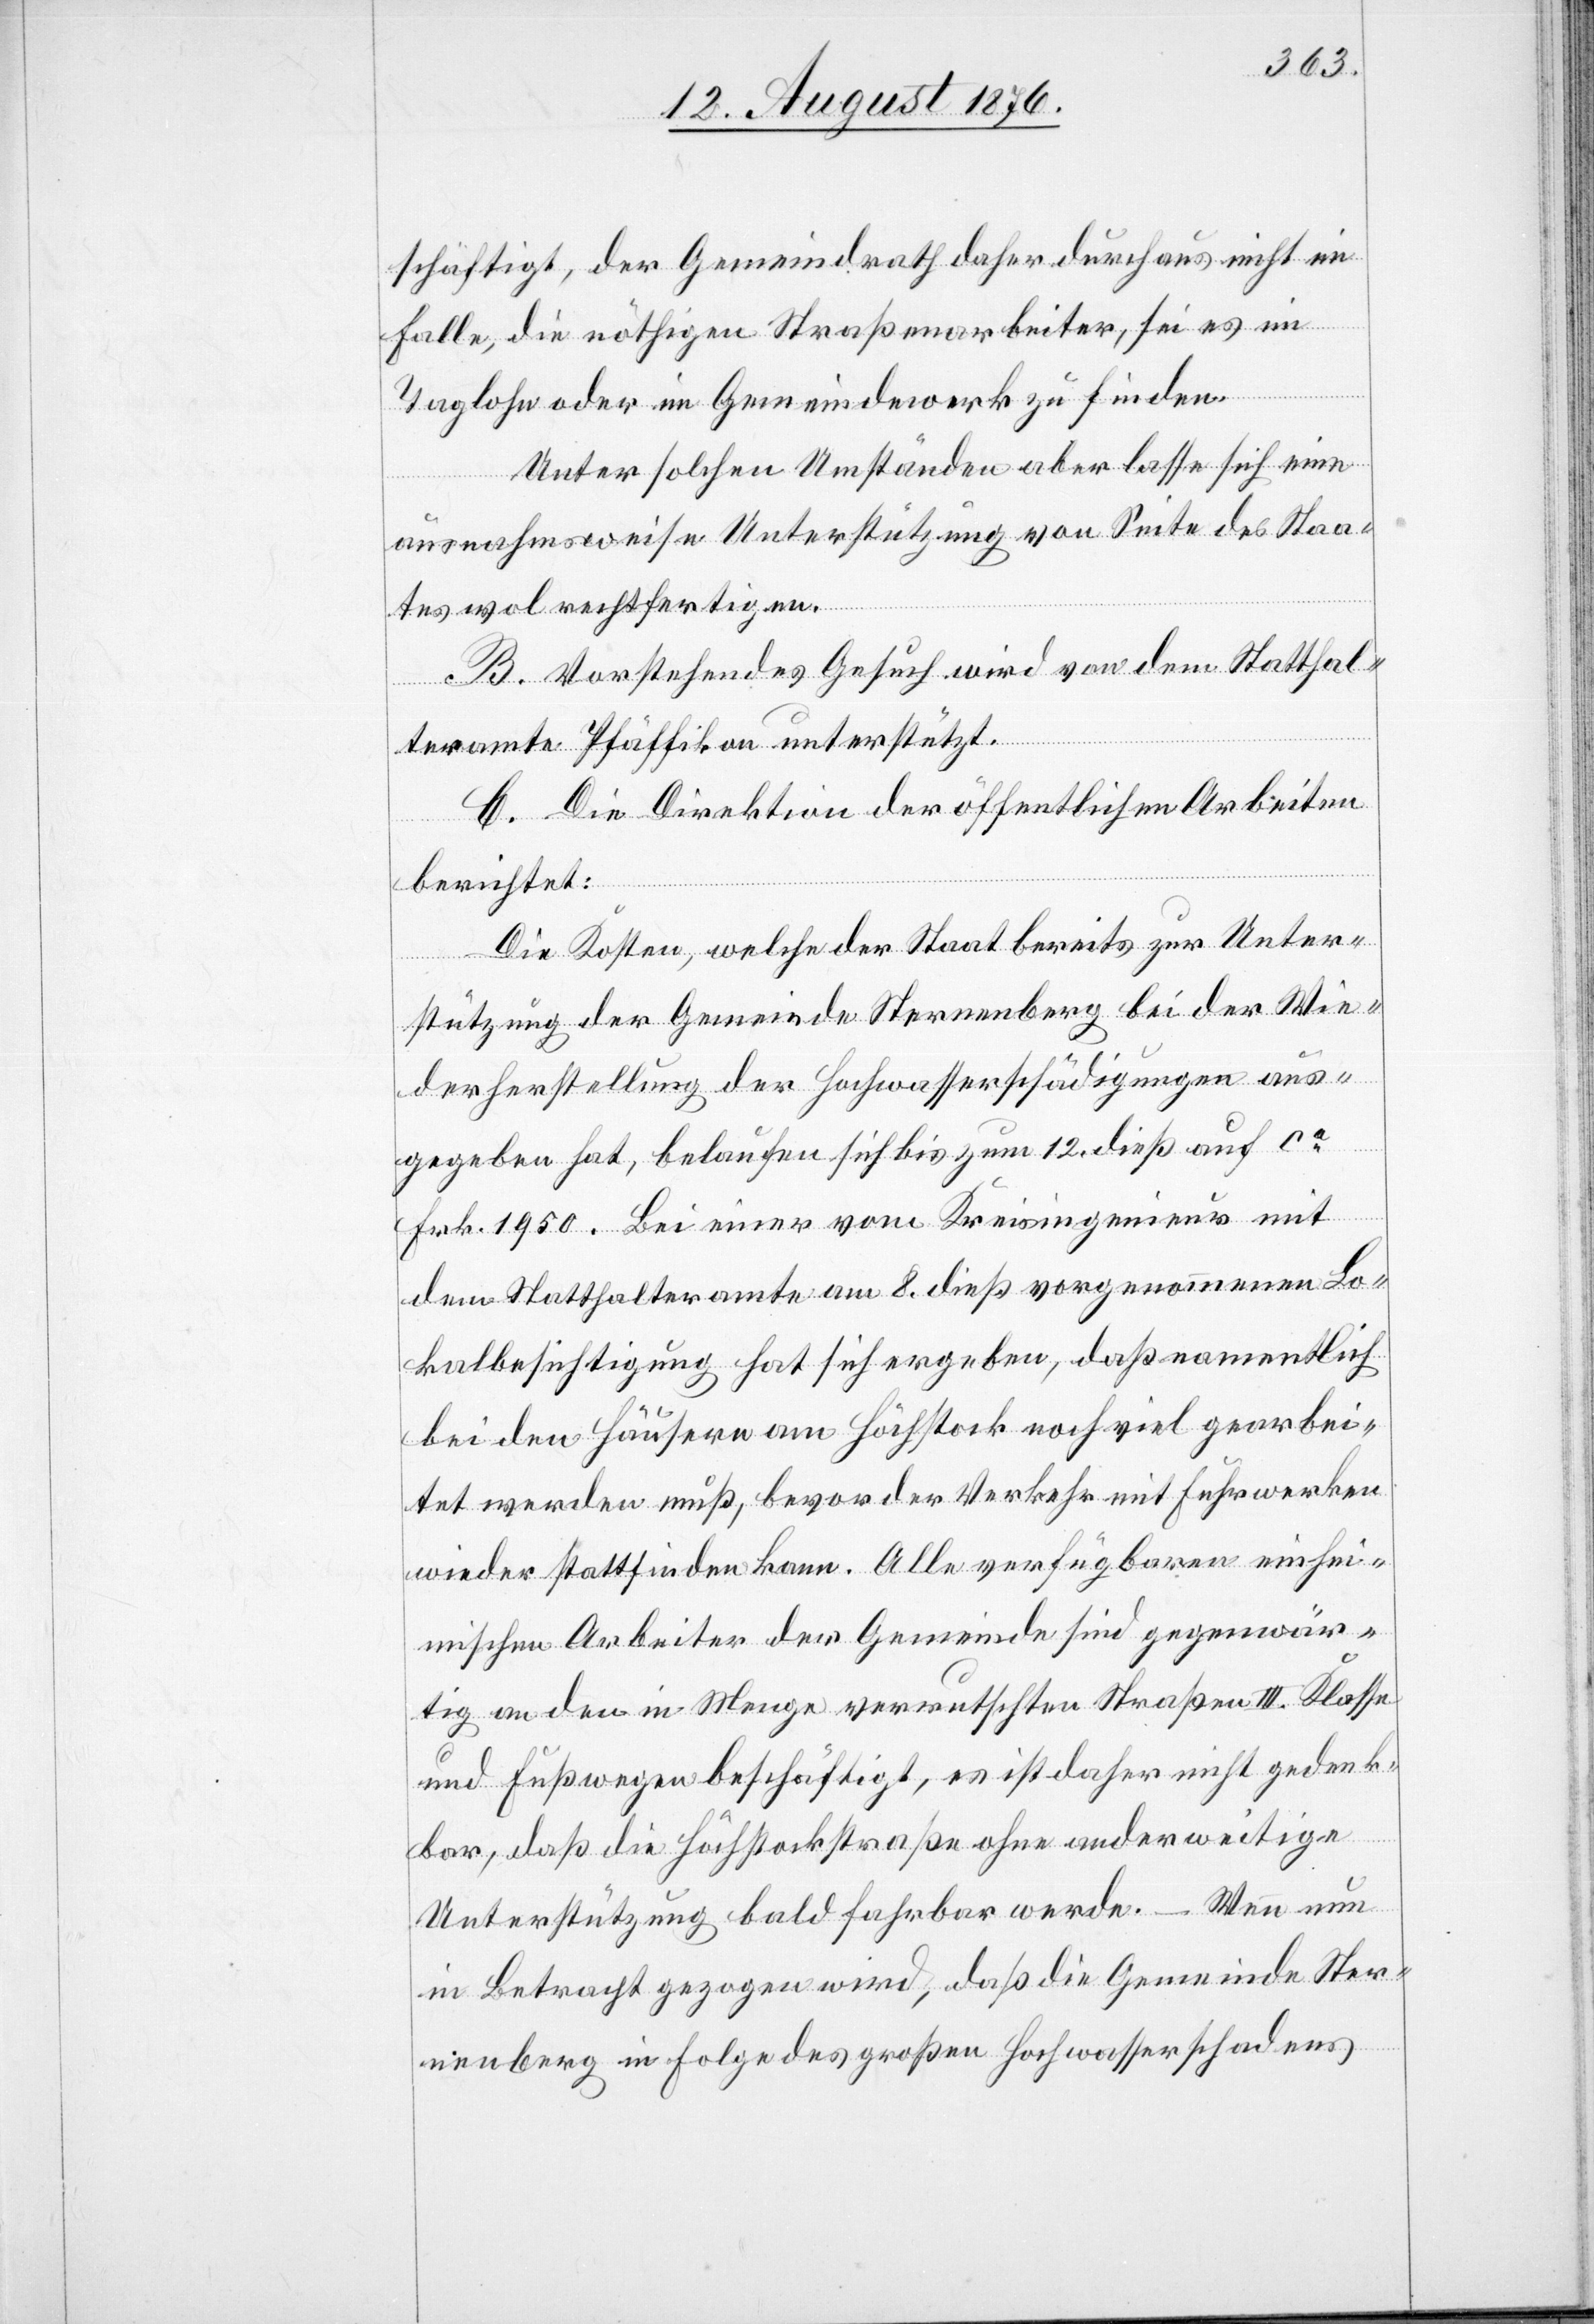
schäftigt, der Gemeindrath daher durchaus nicht im
Falle, die nöthigen Straßenarbeiter, sei es im
Taglohn oder im Gemeindewerk zu finden.
Unter solchen Umständen aber lasse sich eine
ausnahmsweise Unterstützung von Seite des Staa¬
tes wol rechtfertigen.
B. Vorstehendes Gesuch wird von dem Statthal¬
teramte Pfäffikon unterstützt.
C. Die Direktion der öffentlichen Arbeiten
berichtet:
Die Kosten, welche der Staat bereits zur Unter¬
stützung der Gemeinde Sternenberg bei der Wie¬
derherstellung der Hochwasserschädigungen aus¬
gegeben hat, belaufen sich bis zum 12. dieß auf ca
Frk. 1950. Bei einer vom Kreisingenieur mit
den Statthalteramte am 8. dieß vorgenommene Lo¬
kalbesichtigung hat sich ergeben, daß namentlich
bei den Häusern am Höchstock noch viel gearbei¬
tet werden muß, bevor der Verkehr mit Fuhrwerken
wieder stattfinden kann. Alle verfügbaren einhei¬
mischen Arbeiter der Gemeinde sind gegenwär¬
tig an den in Menge verrutschten Straßen II. Klasse
und Fußwegen beschäftigt, es ist daher nicht gedenk¬
bar, daß die Höchstockstraße ohne anderweitige
Unterstützung bald fahrbar werde. – Wenn nun
in Betracht gezogen wird, daß die Gemeinde Ster¬
nenberg in Folge des großen Hochwasserschadens